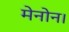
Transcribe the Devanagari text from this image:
मेनोन।